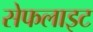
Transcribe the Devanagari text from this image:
सेफलाइट